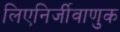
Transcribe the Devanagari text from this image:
लिएनिर्जीवाणुक